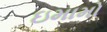
ઇમામો